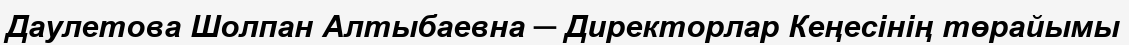
Даулетова Шолпан Алтыбаевна ─ Директорлар Кеңесінің төрайымы